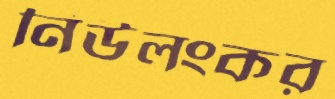
নিউলংকর